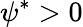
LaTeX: \psi^{*}>0